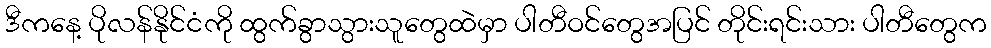
ဒီကနေ့ ပိုလန်နိုင်ငံကို ထွက်ခွာသွားသူတွေထဲမှာ ပါတီဝင်တွေအပြင် တိုင်းရင်းသား ပါတီတွေက